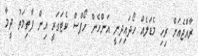
ރާއްޖެއަށް ރިހި މެޑަލެއް ހޯދައިދިނީ އަންހެން ހޯޕްސް ކެޓަގަރީ އިން ފާތިމަތު ދީމާ